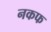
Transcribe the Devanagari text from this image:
नकफ